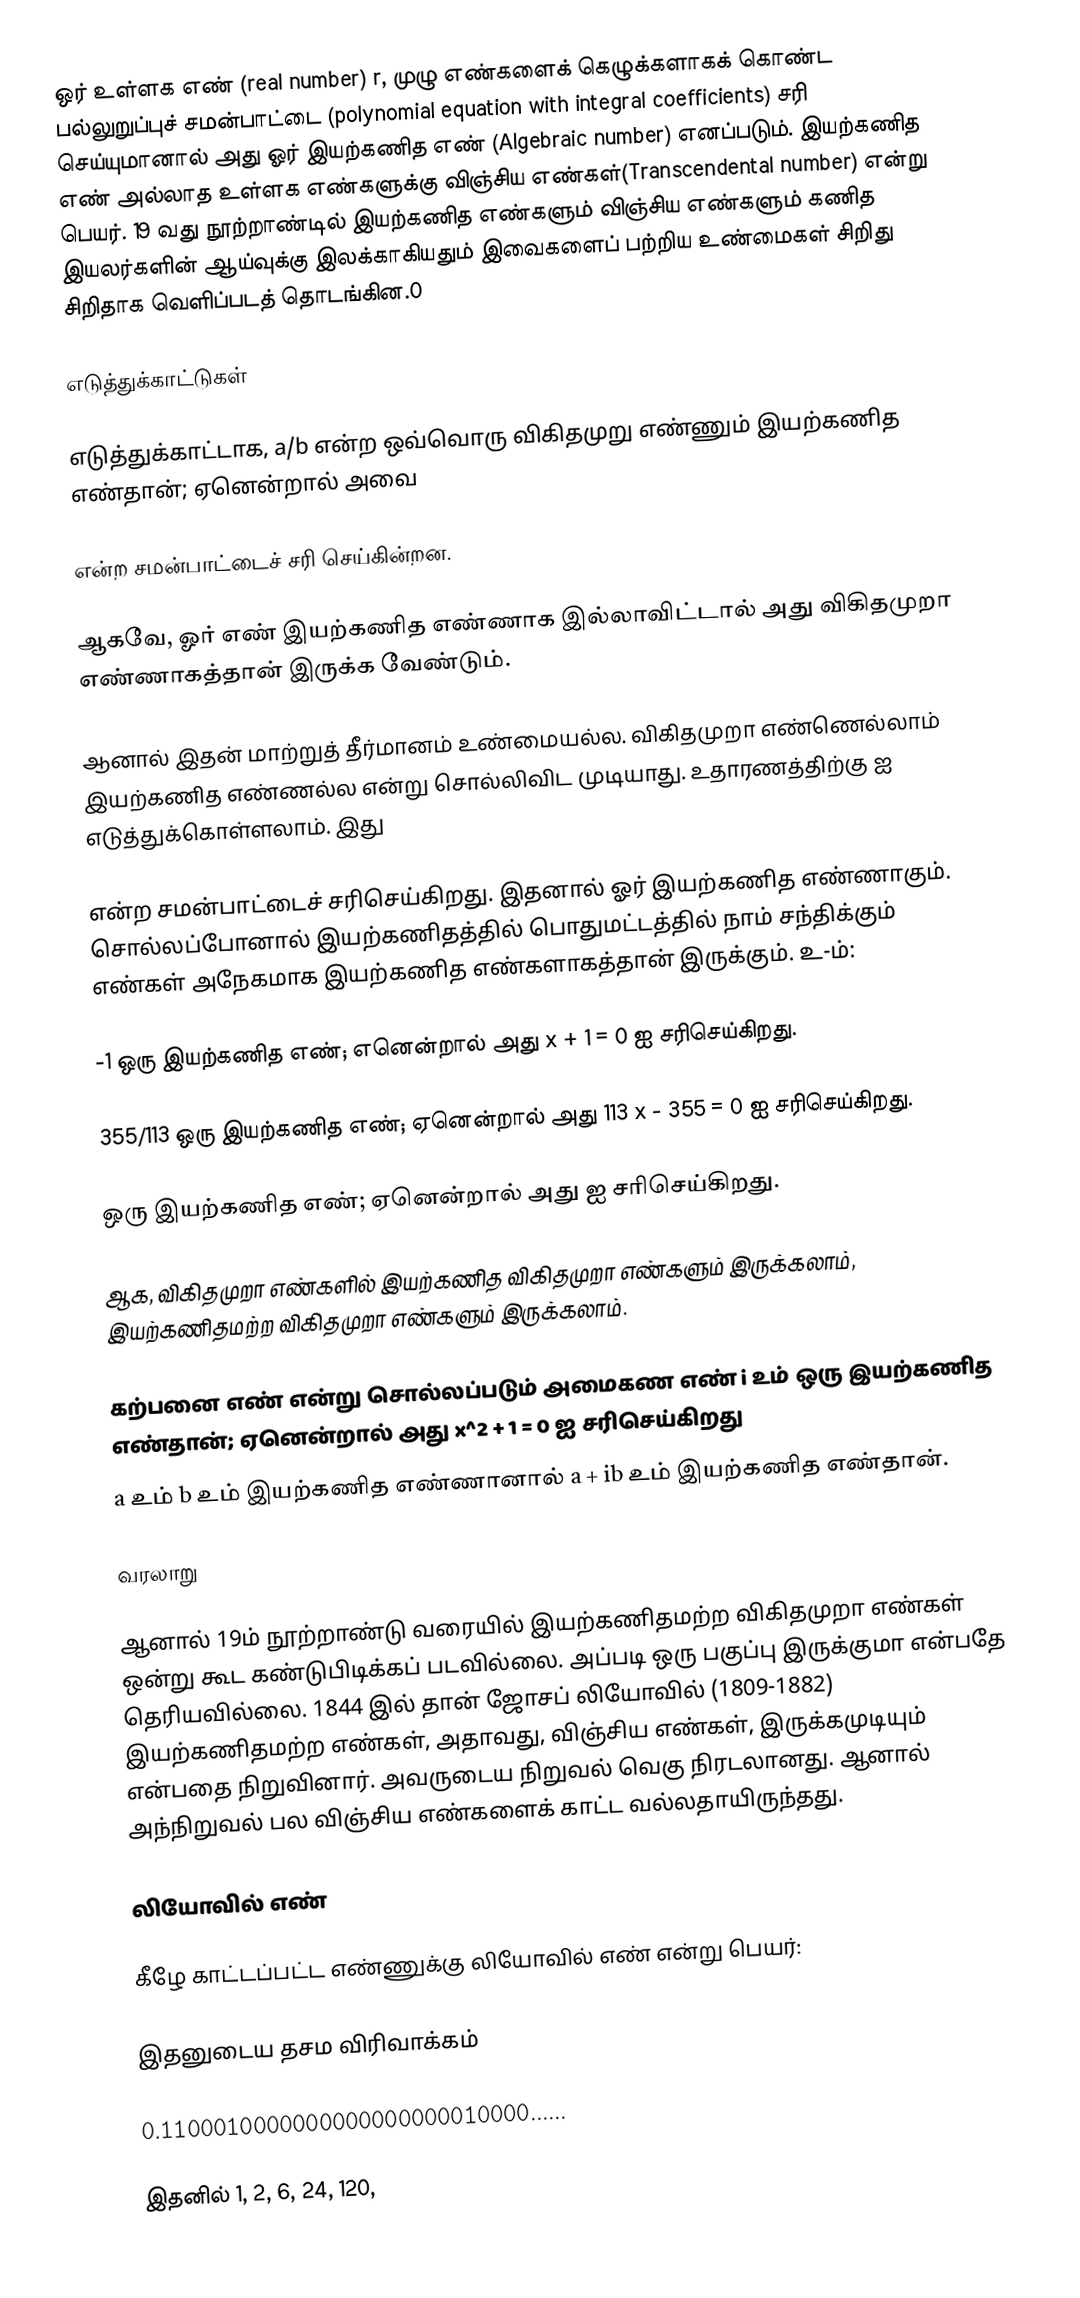
ஒர் உள்ளக எண் (real number) r, முழு எண்களைக் கெழுக்களாகக் கொண்ட பல்லுறுப்புச் சமன்பாட்டை (polynomial equation with integral coefficients) சரி செய்யுமானால் அது ஓர் இயற்கணித எண் (Algebraic number) எனப்படும். இயற்கணித எண் அல்லாத உள்ளக எண்களுக்கு விஞ்சிய எண்கள்(Transcendental number) என்று பெயர். 19 வது நூற்றாண்டில் இயற்கணித எண்களும் விஞ்சிய எண்களும் கணித இயலர்களின் ஆய்வுக்கு இலக்காகியதும் இவைகளைப் பற்றிய உண்மைகள் சிறிது சிறிதாக வெளிப்படத் தொடங்கின.0

எடுத்துக்காட்டுகள்

எடுத்துக்காட்டாக, a/b என்ற ஒவ்வொரு விகிதமுறு எண்ணும் இயற்கணித எண்தான்; ஏனென்றால் அவை

என்ற சமன்பாட்டைச் சரி செய்கின்றன.

ஆகவே, ஓர் எண் இயற்கணித எண்ணாக இல்லாவிட்டால் அது விகிதமுறா எண்ணாகத்தான் இருக்க வேண்டும்.

ஆனால் இதன் மாற்றுத் தீர்மானம் உண்மையல்ல. விகிதமுறா எண்ணெல்லாம் இயற்கணித எண்ணல்ல என்று சொல்லிவிட முடியாது. உதாரணத்திற்கு  ஐ எடுத்துக்கொள்ளலாம். இது

என்ற சமன்பாட்டைச் சரிசெய்கிறது. இதனால்  ஓர் இயற்கணித எண்ணாகும். சொல்லப்போனால் இயற்கணிதத்தில் பொதுமட்டத்தில் நாம் சந்திக்கும் எண்கள் அநேகமாக இயற்கணித எண்களாகத்தான் இருக்கும். உ-ம்:

-1 ஒரு இயற்கணித எண்; எனென்றால் அது  x + 1 = 0 ஐ சரிசெய்கிறது.

355/113 ஒரு இயற்கணித எண்; ஏனென்றால் அது 113 x - 355 = 0 ஐ சரிசெய்கிறது.

 ஒரு இயற்கணித எண்; ஏனென்றால் அது  ஐ சரிசெய்கிறது.

ஆக, விகிதமுறா எண்களில் இயற்கணித விகிதமுறா எண்களும் இருக்கலாம், இயற்கணிதமற்ற விகிதமுறா எண்களும் இருக்கலாம்.

கற்பனை எண் என்று சொல்லப்படும் அமைகண எண் i உம் ஒரு இயற்கணித எண்தான்; ஏனென்றால் அது x^2 + 1 = 0 ஐ சரிசெய்கிறது
a உம் b உம் இயற்கணித எண்ணானால் a + ib உம் இயற்கணித எண்தான்.

வரலாறு

ஆனால் 19ம் நூற்றாண்டு வரையில் இயற்கணிதமற்ற விகிதமுறா எண்கள் ஒன்று கூட கண்டுபிடிக்கப் படவில்லை. அப்படி ஒரு பகுப்பு இருக்குமா என்பதே தெரியவில்லை. 1844 இல் தான் ஜோசப் லியோவில் (1809-1882) இயற்கணிதமற்ற எண்கள், அதாவது, விஞ்சிய எண்கள், இருக்கமுடியும் என்பதை நிறுவினார். அவருடைய நிறுவல் வெகு நிரடலானது. ஆனால் அந்நிறுவல் பல விஞ்சிய எண்களைக் காட்ட வல்லதாயிருந்தது.

லியோவில் எண்

கீழே காட்டப்பட்ட எண்ணுக்கு லியோவில் எண் என்று பெயர்:

இதனுடைய தசம விரிவாக்கம்

0.1100010000000000000000010000......

இதனில் 1, 2, 6, 24, 120,